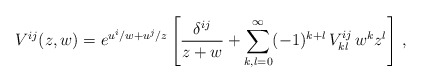
\begin{align*}V^{ij}(z,w) = e^{u^i/w + u^j/z} \left[{\delta^{ij} \over z+w} + \sum_{k,l=0}^\infty(-1)^{k+l} \, V^{ij}_{kl}\, w^k z^l \right]\, ,\end{align*}